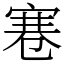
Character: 寋